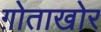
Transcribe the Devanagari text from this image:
ग़ोताखोर